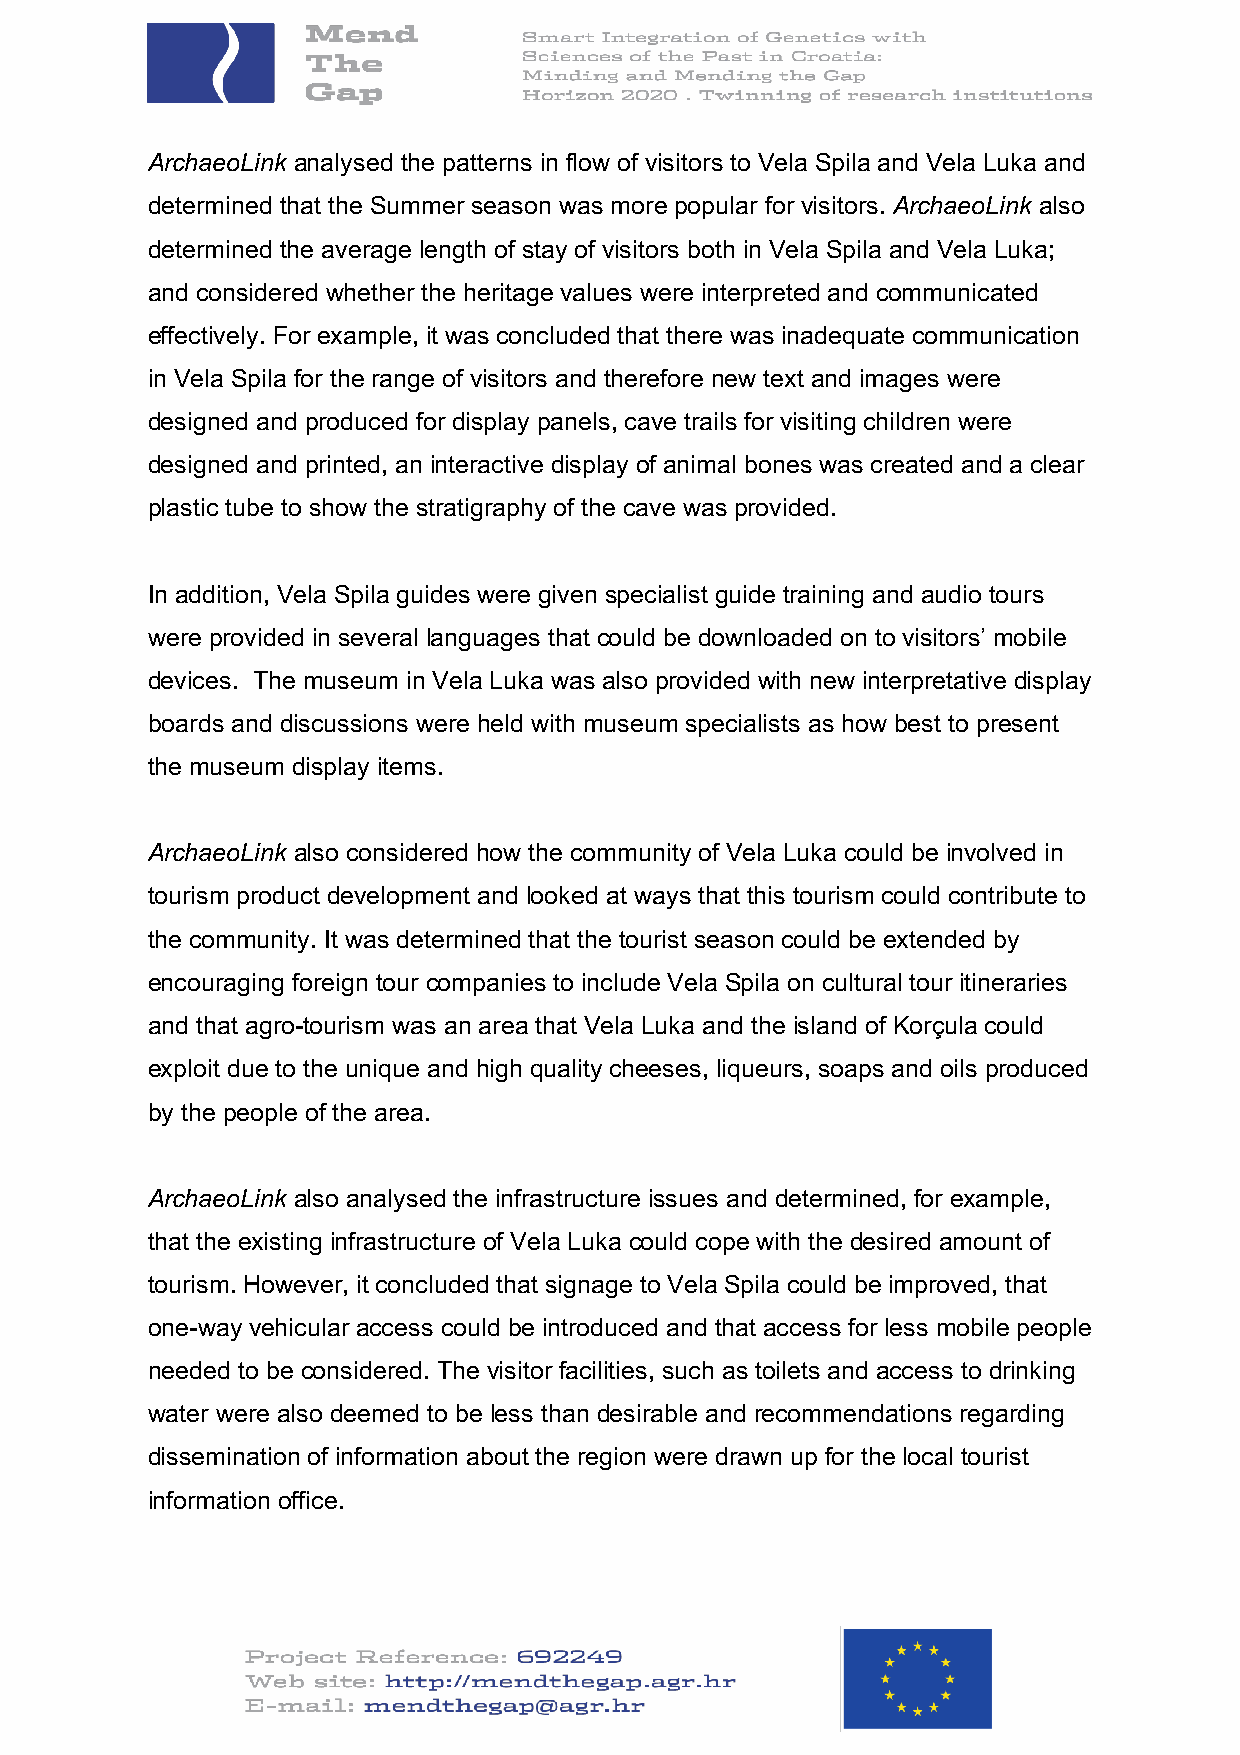
ArchaeoLink analysed the patterns in flow of visitors to Vela Spila and Vela Luka and
 determined that the Summer season was more popular for visitors. ArchaeoLink also
 determined the average length of stay of visitors both in Vela Spila and Vela Luka;
 and considered whether the heritage values were interpreted and communicated
 effectively. For example, it was concluded that there was inadequate communication
 in Vela Spila for the range of visitors and therefore new text and images were
 designed and produced for display panels, cave trails for visiting children were
 designed and printed, an interactive display of animal bones was created and a clear
 plastic tube to show the stratigraphy of the cave was provided.
 In addition, Vela Spila guides were given specialist guide training and audio tours
 were provided in several languages that could be downloaded on to visitors’ mobile
 devices. The museum in Vela Luka was also provided with new interpretative display
 boards and discussions were held with museum specialists as how best to present
 the museum display items.
 ArchaeoLink also considered how the community of Vela Luka could be involved in
 tourism product development and looked at ways that this tourism could contribute to
 the community. It was determined that the tourist season could be extended by
 encouraging foreign tour companies to include Vela Spila on cultural tour itineraries
 and that agro-tourism was an area that Vela Luka and the island of Korçula could
 exploit due to the unique and high quality cheeses, liqueurs, soaps and oils produced
 by the people of the area.
 ArchaeoLink also analysed the infrastructure issues and determined, for example,
 that the existing infrastructure of Vela Luka could cope with the desired amount of
 tourism. However, it concluded that signage to Vela Spila could be improved, that
 one-way vehicular access could be introduced and that access for less mobile people
 needed to be considered. The visitor facilities, such as toilets and access to drinking
 water were also deemed to be less than desirable and recommendations regarding
 dissemination of information about the region were drawn up for the local tourist
 information office.